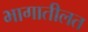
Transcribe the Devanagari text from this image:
भागातीलत